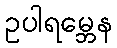
ဥပါရမ္ဘေန